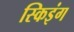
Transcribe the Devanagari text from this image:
स्किइंग